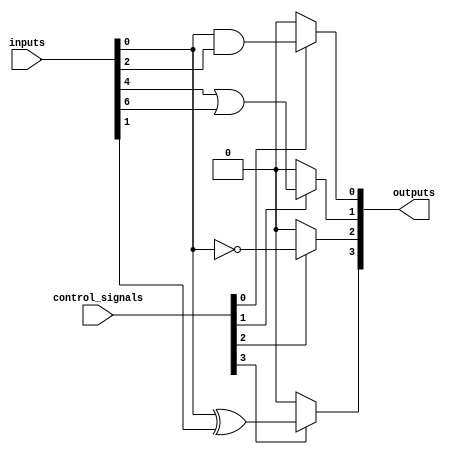
module AdjacencyGroups #(
    parameter N = 8, // Number of input signals
    parameter M = 4  // Number of adjacency groups (based on logic requirements)
) (
    input wire [N-1:0] inputs,           // Input signals
    input wire [M-1:0] control_signals,  // Control signals to activate groups
    output wire [M-1:0] outputs           // Outputs from each group
);

// Intermediate signals for each group
wire [N/2-1:0] group_0, group_1, group_2, group_3;

// Define logic operation for each group
assign group_0 = inputs[1:0] & inputs[3:2]; // AND operation for group 0
assign group_1 = inputs[5:4] | inputs[7:6]; // OR operation for group 1
assign group_2 = ~inputs[1:0];               // NOT operation for group 2
assign group_3 = inputs[0] ^ inputs[1];     // XOR operation for group 3

// Group outputs based on control signals
assign outputs[0] = control_signals[0] ? group_0[0] : 1'b0; // Output from group 0
assign outputs[1] = control_signals[1] ? group_1[0] : 1'b0; // Output from group 1
assign outputs[2] = control_signals[2] ? group_2[0] : 1'b0; // Output from group 2
assign outputs[3] = control_signals[3] ? group_3[0] : 1'b0; // Output from group 3

endmodule